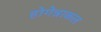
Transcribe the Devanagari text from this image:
होगेन्नाकल